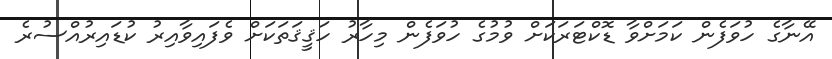
އޭނާގެ ހުވަފެން ކަމަށްވާ ޑޮކްޓަރަކަށް ވުމުގެ ހުވަފެން މިހާރު ހަޤީޤަތަކަށް ވެފައިވާއިރު ކުޑައިރުއްސުރެ